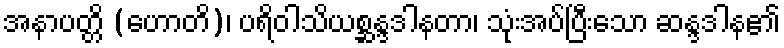
အနာပတ္တိ (ဟောတိ)၊ ပရိဝါသိယစ္ဆန္ဒဒါနတာ၊ သုံးအပ်ပြီးသော ဆန္ဒဒါန၏